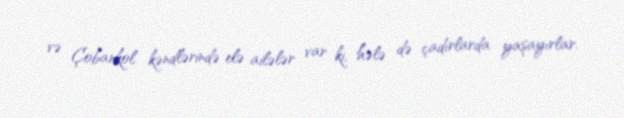
və Çobankol kəndlərində elə ailələr var ki, hələ də çadırlarda yaşayırlar.